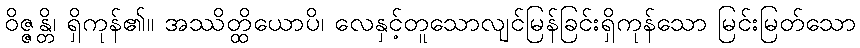
ဝိဇ္ဇန္တိ၊ ရှိကုန်၏။ အဿိတ္ထိယောပိ၊ လေနှင့်တူသောလျင်မြန်ခြင်းရှိကုန်သော မြင်းမြတ်သော